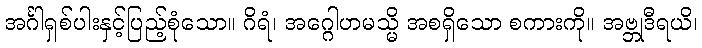
အင်္ဂါရှစ်ပါးနှင့်ပြည့်စုံသော။ ဂိရံ၊ အဂ္ဂေါဟမသ္မိ အစရှိသော စကားကို။ အဗ္ဘုဒီရယိ၊